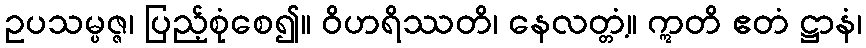
ဥပသမ္ပဇ္ဇ၊ ပြည့်စုံစေ၍။ ဝိဟရိဿတိ၊ နေလတ္တံ့။ ဣတိ ဧတံ ဋ္ဌာနံ၊